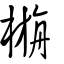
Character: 㮵